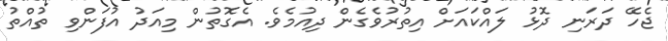
ޖެހޭ ދަރަނި ދޮޅު ލައްކައަށް އިތުރުވެގެން ދިއުމެވެ. އެގޮތުން މިއަދު އުފަންވި ތުއްތު